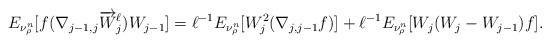
LaTeX: \begin{align*}\begin{aligned} E_{ \nu^n_\rho } [ f ( \nabla_{ j -1 , j } \overrightarrow{ W }^\ell_j ) W_{ j - 1 } ] = \ell^{-1} E_{\nu^n_\rho}[W_j^2 (\nabla_{j,j-1}f)] + \ell^{-1} E_{\nu^n_\rho} [W_j (W_j -W_{j-1})f] . \end{aligned}\end{align*}